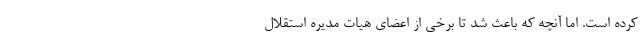
کرده است. اما آنچه که باعث شد تا برخی از اعضای هیات مدیره استقلال